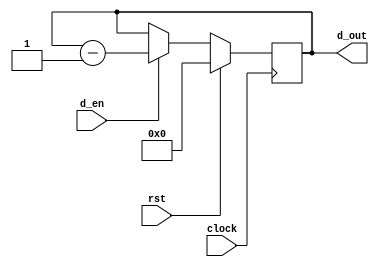
module dcounter
(
    d_out, clock, rst, d_en
);

    input clock;
    input rst;
    input d_en;
    output [15:0] d_out;

    reg [15:0] counter;

    always @ (posedge clock)
        if(rst)
        begin
            counter <= 16'b0;
        end
        else if(d_en)
        begin
            counter <= counter - 1'b1;
        end
        else
        begin
            counter <= counter;
        end

    assign d_out = counter;

endmodule